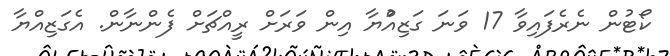
ކޯޓުން ނެރެެފައިވާ 17 ވަނަ ގަޒިއްުޔާ އިން ވަރަށް ރީއްޗަށް ފެންނާން. އެގަޒިއްޔާ